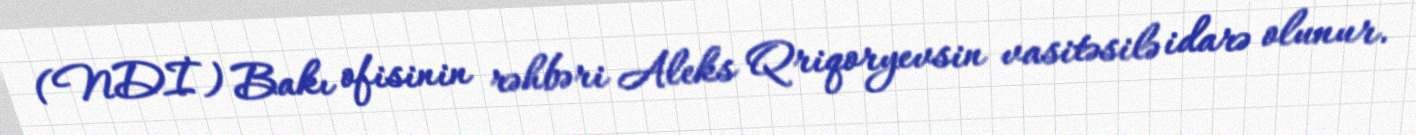
(NDİ) Bakı ofisinin rəhbəri Aleks Qriqoryevsin vasitəsilə idarə olunur.